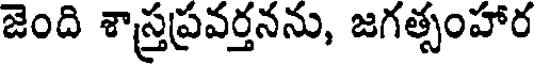
జెంది శాస్త్రప్రవర్తనను, జగత్సంహార